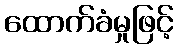
ထောက်ခံမှုဖြင့်